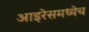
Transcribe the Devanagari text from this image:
आइरेसमध्येच